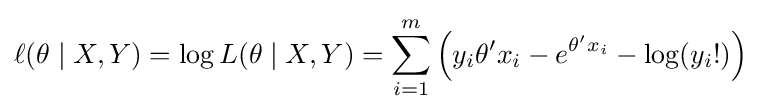
\ell (\theta \mid X,Y)=\log L(\theta \mid X,Y)=\sum _{i=1}^{m}\left(y_{i}\theta 'x_{i}-e^{\theta 'x_{i}}-\log(y_{i}!)\right)